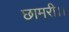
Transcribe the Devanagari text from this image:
छामरी।।